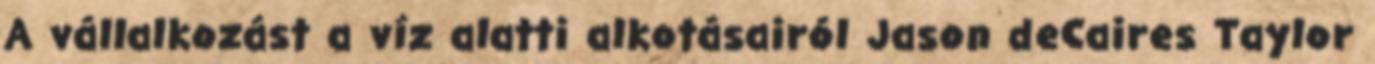
A vállalkozást a víz alatti alkotásairól Jason deCaires Taylor